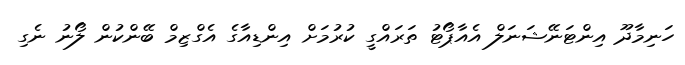
ހަނިމާދޫ އިންޓަނޭޝަނަލް އެއާޕޯޓު ތަރައްގީ ކުރުމަށް އިންޑިއާގެ އެގްޒިމް ބޭންކުން ލޯނު ނެގި